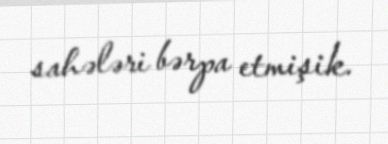
sahələri bərpa etmişik.